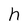
Character: h